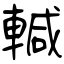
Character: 輱